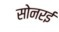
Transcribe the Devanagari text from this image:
सोनरई